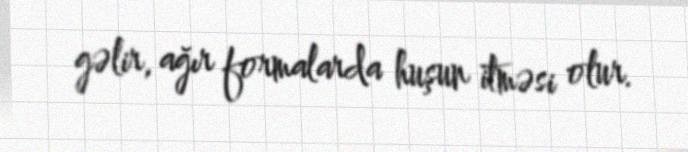
gəlir, ağır formalarda huşun itməsi olur.